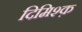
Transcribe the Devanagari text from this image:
दिमिश्क़